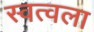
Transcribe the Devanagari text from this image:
स्वत्वला